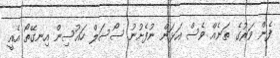
ފެން ވަރުގެ ތަނެއް ވެސް އަޅަން ނުފެށުނު ސޯސަލް ހައުސިން އިނގޭތޯ އެއީ